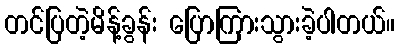
တင်ပြတဲ့မိန့်ခွန်း ပြောကြားသွားခဲ့ပါတယ်။